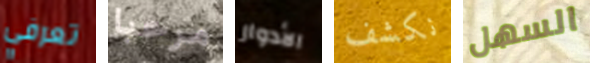
تعرفي مرحبا الأدوار نكشف السهل